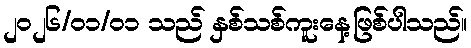
၂၀၂၆/၀၁/၀၁ သည် နှစ်သစ်ကူးနေ့ဖြစ်ပါသည်။